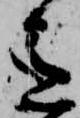
意